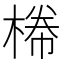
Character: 𣕂